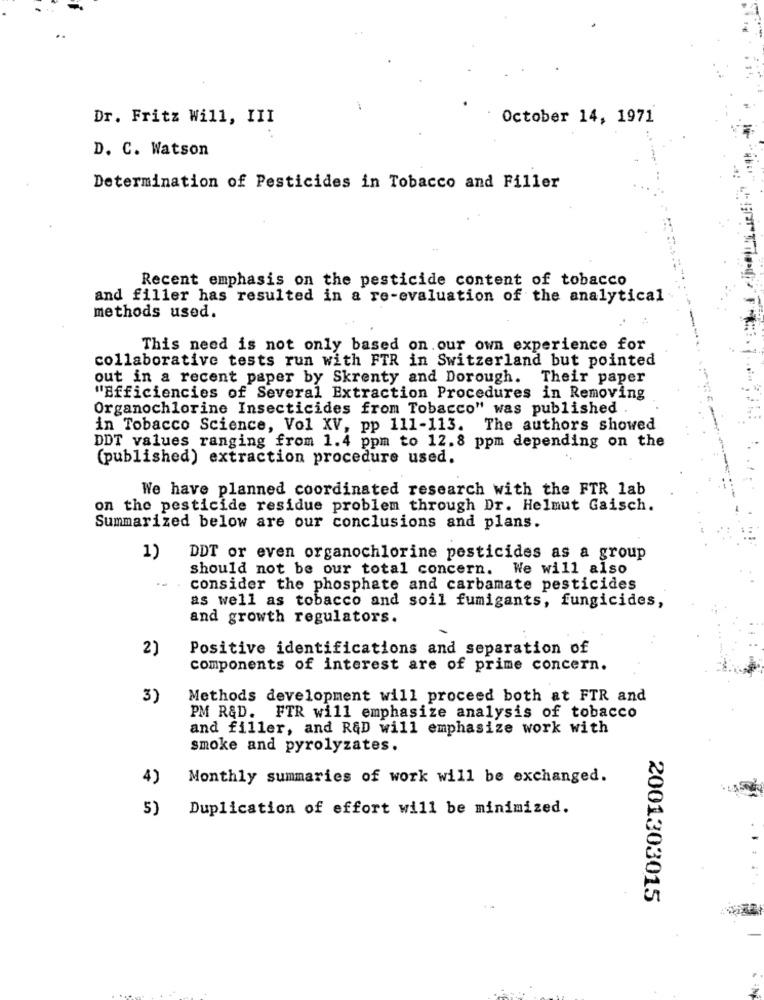
Dr. Fritz Will, III
October 14, 1971
D. C. Watson
Determination of Pesticides in Tobacco and Filler
Recent emphasis on the pesticide content of tobacco
and filler has resulted in a re-evaluation of the analytical
methods used.
This need is not only based on our own experience for
collaborative tests run with FTR in Switzerland but pointed
out in a recent paper by Skrenty and Dorough. Their paper
"Efficiencies of Several Extraction Procedures in Removing
Organochlorine Insecticides from Tobacco" was published .
in Tobacco Science, Vol XV, pp 111-113. The authors showed
DDT values ranging from 1.4 ppm to 12.8 ppm depending on the
(published) extraction procedure used.
We have planned coordinated research with the FTR lab
on the pesticide residue problem through Dr. Helmut Gaisch.
Summarized below are our conclusions and plans.
1)
DDT or even organochlorine pesticides as a group
should not be our total concern. We will also
consider the phosphate and carbamate pesticides
as well as tobacco and soil fumigants, fungicides,
and growth regulators.
2)
Positive identifications and separation of
components of interest are of prime concern.
3)
Methods development will proceed both at FTR and
PM R&D. FTR will emphasize analysis of tobacco
and filler, and R&D will emphasize work with
smoke and pyrolyzates.
4)
Monthly summaries of work will be exchanged.
5)
Duplication of effort will be minimized.
2001303015